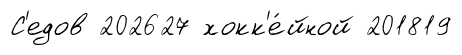
С'едов 202627 хокк'е́йной 201819